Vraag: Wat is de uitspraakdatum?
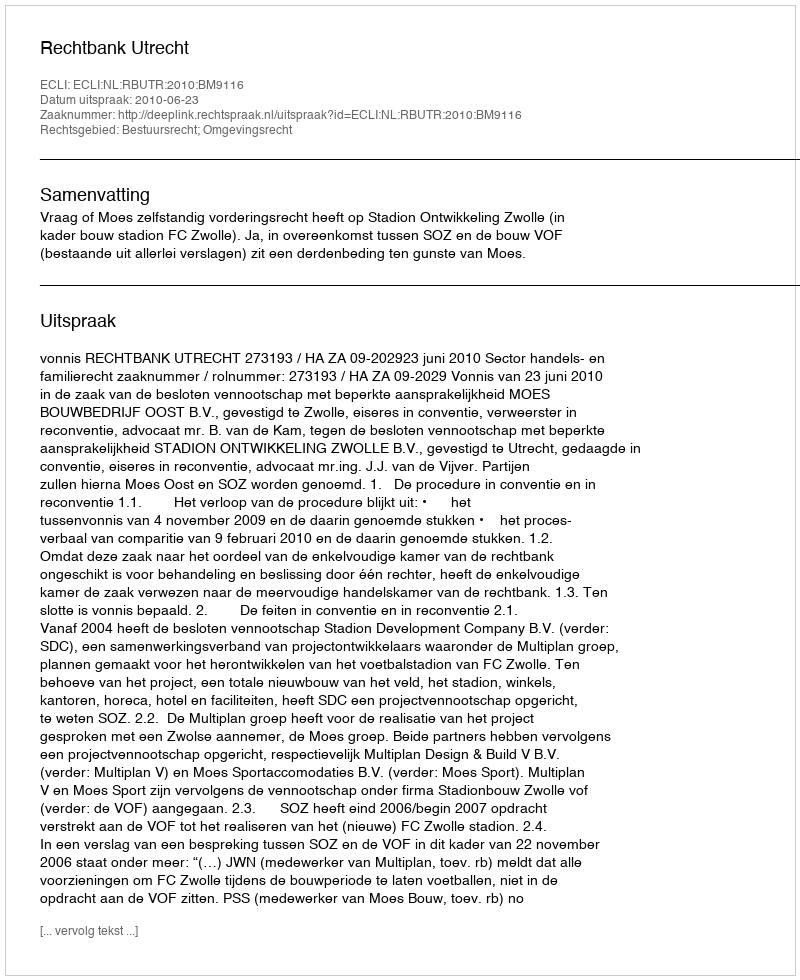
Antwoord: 2010-06-23